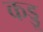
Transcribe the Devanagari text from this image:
कड्डू